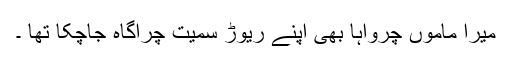
میرا ماموں چرواہا بھی اپنے ریوڑ سمیت چراگاہ جاچکا تھا ۔